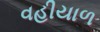
વહીયાળ